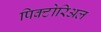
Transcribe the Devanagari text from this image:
पिक्टोरिअल